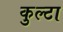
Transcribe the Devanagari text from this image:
कुल्टा